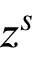
z ^ { s }